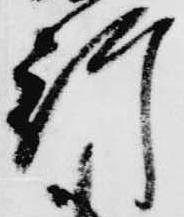
行